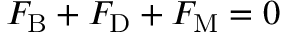
F _ { \mathrm { B } } + F _ { \mathrm { D } } + F _ { \mathrm { M } } = 0